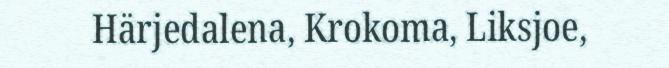
Härjedalena, Krokoma, Liksjoe,